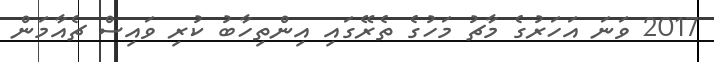
2017 ވަނަ އަހަރުގެ މާޗު މަހުގެ ތެރޭގައި އިންތިހާބު ކުރި ވައިސް ޗެއާމަން